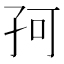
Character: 𡥚